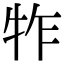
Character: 㸲